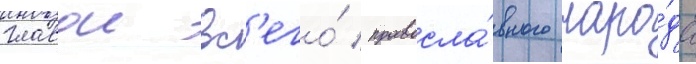
главои вс'его́ правосла́вного наро́да